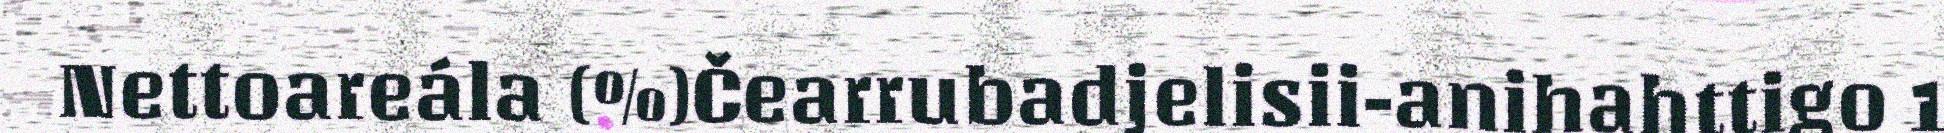
Nettoareála (%)Čearrubadjelisii-anihahttigo 1